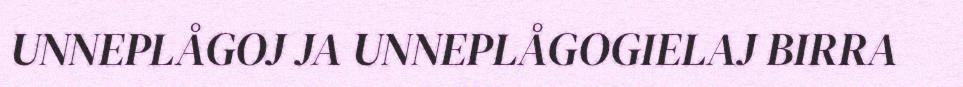
UNNEPLÅGOJ JA UNNEPLÅGOGIELAJ BIRRA